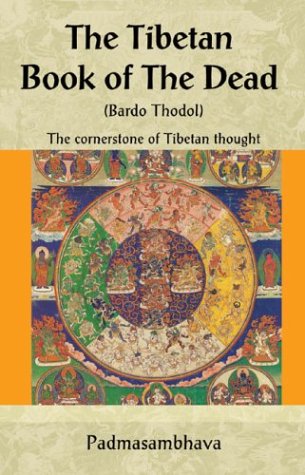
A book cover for The Tibetan Book of the Dead: The Cornerstone of Tibetan Thought (Cornerstone of . . . Series); Religion & Spirituality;